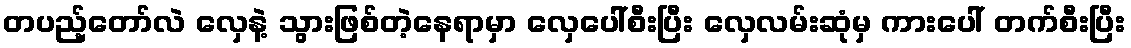
တပည့်တော်လဲ လှေနဲ့ သွားဖြစ်တဲ့နေရာမှာ လှေပေါ်စီးပြီး လှေလမ်းဆုံမှ ကားပေါ် တက်စီးပြီး